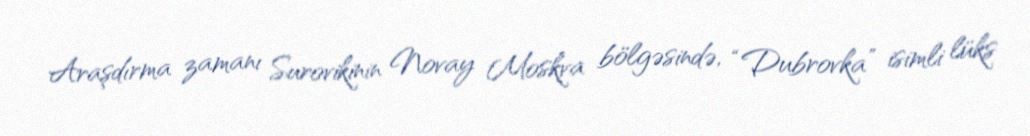
Araşdırma zamanı Surovikinin Novay Moskva bölgəsində, “Dubrovka” isimli lüks